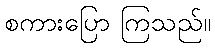
စကားပြော ကြသည်။